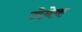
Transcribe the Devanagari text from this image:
जेबेक